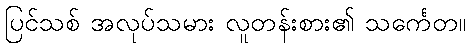
ပြင်သစ် အလုပ်သမား လူတန်းစား၏ သင်္ကေတ။